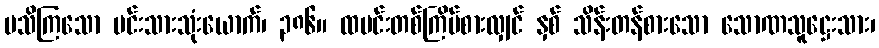
မသိကြသော မင်းသားသုံးယောက်၊ ၃၈၆။ ထမင်းတစ်ကြိမ်စားလျှင် နှစ် သိန်းတန်စားသော သောဏသူဋ္ဌေးသား၊